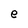
Character: e